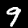
Label: 9